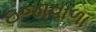
ઇજાવાળા